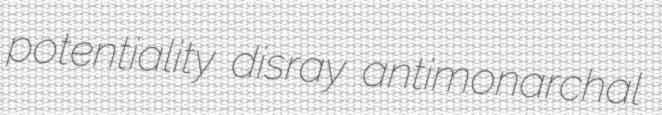
potentiality disray antimonarchal